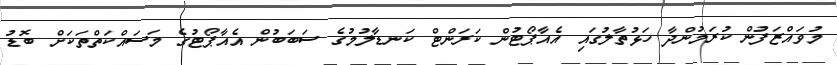
މުވައްޒަފުން ކުރަމުންދާ ހަޅުތާލުގައި އެއާޕޯޓުން ކަރަންޓް ކަނޑާލުމުގެ ސަބަބުން އެއާޕޯޓުގެ މަސައްކަތްތަކަށް ބޮޑު